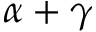
\alpha + \gamma